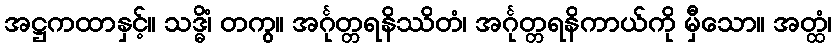
အဋ္ဌကထာနှင့်။ သဒ္ဓိံ၊ တကွ။ အင်္ဂုတ္တရနိဿိတံ၊ အင်္ဂုတ္တရနိကာယ်ကို မှီသော။ အတ္ထံ၊